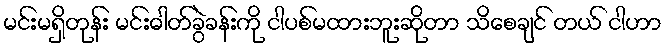
မင်းမရှိတုန်း မင်းဓါတ်ခွဲခန်းကို ငါပစ်မထားဘူးဆိုတာ သိစေချင် တယ် ငါဟာ